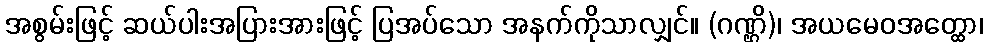
အစွမ်းဖြင့် ဆယ်ပါးအပြားအားဖြင့် ပြအပ်သော အနက်ကိုသာလျှင်။ (ဂဏ္ဌိ)၊ အယမေဝအတ္ထော၊